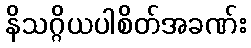
နိသဂ္ဂိယပါစိတ်အခဏ်း